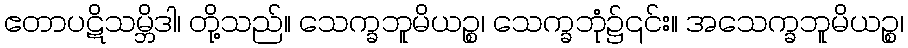
ဧတာပဋိသမ္ဘိဒါ၊ တို့သည်။ သေက္ခဘူမိယဉ္စ၊ သေက္ခဘုံ၌၎င်း။ အသေက္ခဘူမိယဉ္စ၊